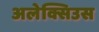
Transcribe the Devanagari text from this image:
अलेक्सिउस